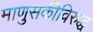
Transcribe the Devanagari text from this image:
माणुसकीविरुद्ध